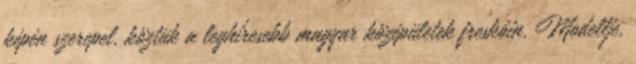
képén szerepel, köztük a leghíresebb magyar középületek freskóin. Modellje,